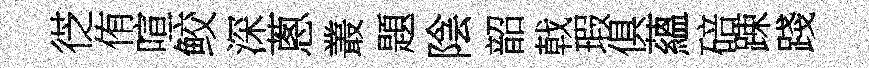
徔侑喧鲛深蔥叢題陰韶戟瑕俱蘊碚踈踐